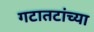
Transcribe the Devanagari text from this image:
गटातटांच्या